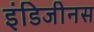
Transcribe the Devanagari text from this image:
इंडिजीनस